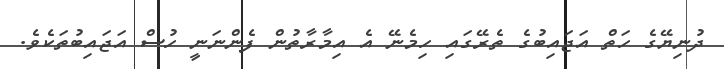
ދުނިޔޭގެ ހަތް އަޖައިބުގެ ތެރޭގައި ހިމެނޭ އެ އިމާރާތުން ފެންނަނީ ހުސް އަޖައިބުތަކެވެ.